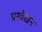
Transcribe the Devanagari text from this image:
प्रश्वेखन